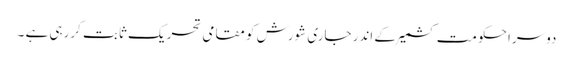
دوسرا حکومت کشمیر کے اندر جاری شورش کو مقامی تحریک ثابت کررہی ہے ۔